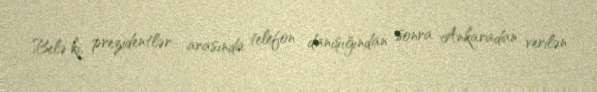
Belə ki, prezidentlər arasında telefon danışığından sonra Ankaradan verilən